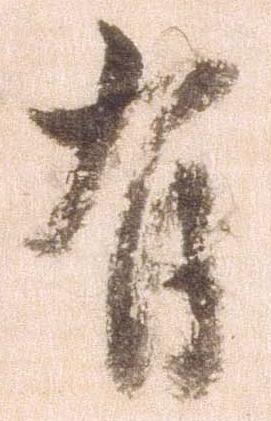
有